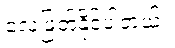
လေဖြတ်နိုင်ပါတယ်။